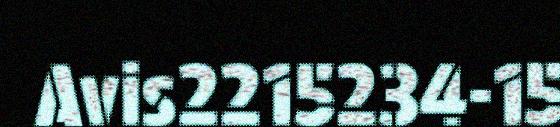
Avis2215234-15